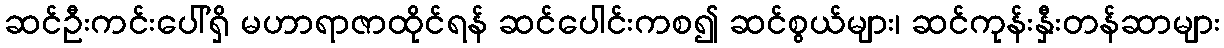
ဆင်ဦးကင်းပေါ်ရှိ မဟာရာဇာထိုင်ရန် ဆင်ပေါင်းကစ၍ ဆင်စွယ်များ၊ ဆင်ကုန်းနှီးတန်ဆာများ